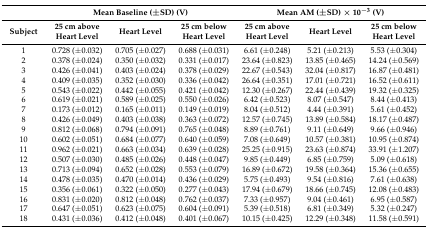
<table><thead><tr><td></td><td colspan="3"><b>Mean Baseline (±SD) (V)</b></td><td colspan="3"><b>Mean AM (±SD) × 10<sup>−3</sup> (V)</b></td></tr><tr><td><b>Subject</b></td><td><b>25 cm above Heart Level</b></td><td><b>Heart Level</b></td><td><b>25 cm below Heart Level</b></td><td><b>25 cm above Heart Level</b></td><td><b>Heart Level</b></td><td><b>25 cm below Heart Level</b></td></tr></thead><tbody><tr><td>1</td><td>0.728 (±0.032)</td><td>0.705 (±0.027)</td><td>0.688 (±0.031)</td><td>6.61 (±0.248)</td><td>5.21 (±0.213)</td><td>5.53 (±0.304)</td></tr><tr><td>2</td><td>0.378 (±0.024)</td><td>0.350 (±0.032)</td><td>0.331 (±0.017)</td><td>23.64 (±0.823)</td><td>13.85 (±0.465)</td><td>14.24 (±0.569)</td></tr><tr><td>3</td><td>0.426 (±0.041)</td><td>0.403 (±0.024)</td><td>0.378 (±0.029)</td><td>22.67 (±0.543)</td><td>32.04 (±0.817)</td><td>16.87 (±0.481)</td></tr><tr><td>4</td><td>0.409 (±0.035)</td><td>0.352 (±0.030)</td><td>0.336 (±0.042)</td><td>26.64 (±0.351)</td><td>17.01 (±0.721)</td><td>16.52 (±0.611)</td></tr><tr><td>5</td><td>0.543 (±0.022)</td><td>0.442 (±0.055)</td><td>0.421 (±0.042)</td><td>12.30 (±0.267)</td><td>22.44 (±0.439)</td><td>19.32 (±0.325)</td></tr><tr><td>6</td><td>0.619 (±0.021)</td><td>0.589 (±0.025)</td><td>0.550 (±0.026)</td><td>6.42 (±0.523)</td><td>8.07 (±0.547)</td><td>8.44 (±0.413)</td></tr><tr><td>7</td><td>0.173 (±0.012)</td><td>0.165 (±0.011)</td><td>0.149 (±0.019)</td><td>8.04 (±0.512)</td><td>4.44 (±0.391)</td><td>5.61 (±0.452)</td></tr><tr><td>8</td><td>0.426 (±0.049)</td><td>0.403 (±0.038)</td><td>0.363 (±0.072)</td><td>12.57 (±0.745)</td><td>13.89 (±0.584)</td><td>18.17 (±0.487)</td></tr><tr><td>9</td><td>0.812 (±0.068)</td><td>0.794 (±0.091)</td><td>0.765 (±0.048)</td><td>8.89 (±0.761)</td><td>9.11 (±0.649)</td><td>9.66 (±0.946)</td></tr><tr><td>10</td><td>0.602 (±0.051)</td><td>0.684 (±0.077)</td><td>0.640 (±0.059)</td><td>7.08 (±0.649)</td><td>10.57 (±0.381)</td><td>10.95 (±0.874)</td></tr><tr><td>11</td><td>0.962 (±0.021)</td><td>0.663 (±0.034)</td><td>0.639 (±0.028)</td><td>25.25 (±0.915)</td><td>23.63 (±0.874)</td><td>33.91 (±1.207)</td></tr><tr><td>12</td><td>0.507 (±0.030)</td><td>0.485 (±0.026)</td><td>0.448 (±0.047)</td><td>9.85 (±0.449)</td><td>6.85 (±0.759)</td><td>5.09 (±0.618)</td></tr><tr><td>13</td><td>0.713 (±0.094)</td><td>0.652 (±0.028)</td><td>0.553 (±0.079)</td><td>16.89 (±0.672)</td><td>19.58 (±0.364)</td><td>15.36 (±0.655)</td></tr><tr><td>14</td><td>0.478 (±0.035)</td><td>0.470 (±0.014)</td><td>0.436 (±0.029)</td><td>5.75 (±0.493)</td><td>9.54 (±0.816)</td><td>7.61 (±0.638)</td></tr><tr><td>15</td><td>0.356 (±0.061)</td><td>0.322 (±0.050)</td><td>0.277 (±0.043)</td><td>17.94 (±0.679)</td><td>18.66 (±0.745)</td><td>12.08 (±0.483)</td></tr><tr><td>16</td><td>0.831 (±0.020)</td><td>0.812 (±0.048)</td><td>0.762 (±0.037)</td><td>7.33 (±0.957)</td><td>9.04 (±0.461)</td><td>6.95 (±0.587)</td></tr><tr><td>17</td><td>0.647 (±0.051)</td><td>0.623 (±0.075)</td><td>0.604 (±0.091)</td><td>5.39 (±0.518)</td><td>6.81 (±0.349)</td><td>5.32 (±0.247)</td></tr><tr><td>18</td><td>0.431 (±0.036)</td><td>0.412 (±0.048)</td><td>0.401 (±0.067)</td><td>10.15 (±0.425)</td><td>12.29 (±0.348)</td><td>11.58 (±0.591)</td></tr></tbody></table>